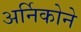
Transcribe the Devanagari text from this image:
अर्निकोने